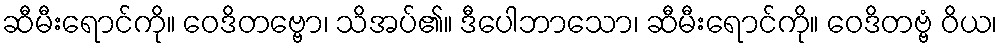
ဆီမီးရောင်ကို။ ဝေဒိတဗ္ဗော၊ သိအပ်၏။ ဒီပေါဘာသော၊ ဆီမီးရောင်ကို။ ဝေဒိတဗ္ဗံ ဝိယ၊